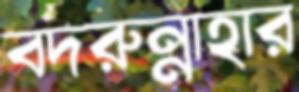
বদরুন্নাহার